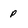
Character: P